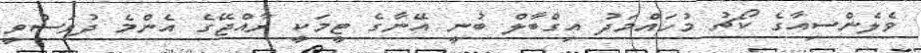
ވެލެންސިއާގެ ކޯޗު މުހައްމަދު އިގްބާލް ބުނީ އޭނާގެ ޓީމަކީ ރާއްޖޭގެ އެންމެ ދުވަސްވީ